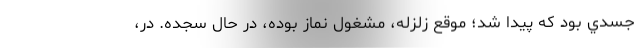
جسدي بود كه پيدا شد؛ موقع زلزله، مشغول نماز بوده، در حال سجده. در،